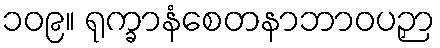
၁၀၉။ ရုက္ခာနံစေတနာဘာဝပဉှာ